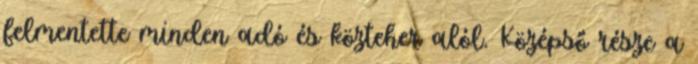
felmentette minden adó és közteher alól. Középső része a